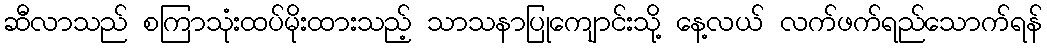
ဆီလာသည် စကြာသုံးထပ်မိုးထားသည့် သာသနာပြုကျောင်းသို့ နေ့လယ် လက်ဖက်ရည်သောက်ရန်